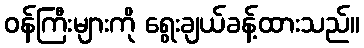
ဝန်ကြီးများကို ရွေးချယ်ခန့်ထားသည်။